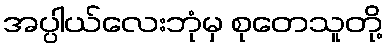
အပ္ပါယ်လေးဘုံမှ စုတေသူတို့